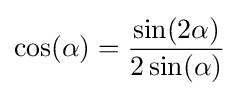
\cos(\alpha )={\frac {\sin(2\alpha )}{2\sin(\alpha )}}